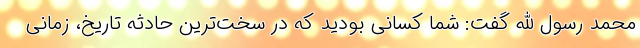
محمد رسول الله گفت: شما کسانی بودید که در سخت‌ترین حادثه تاریخ، زمانی